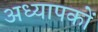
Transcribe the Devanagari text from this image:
अध्‍यापकों